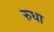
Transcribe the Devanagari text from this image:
रुधा